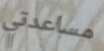
مساعدتي